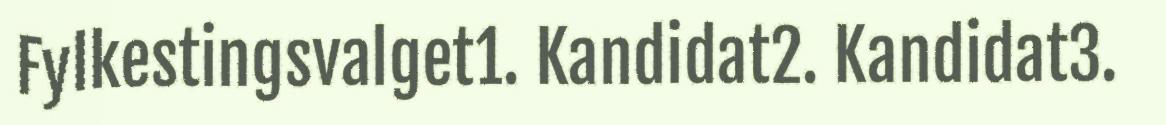
Fylkestingsvalget1. Kandidat2. Kandidat3.